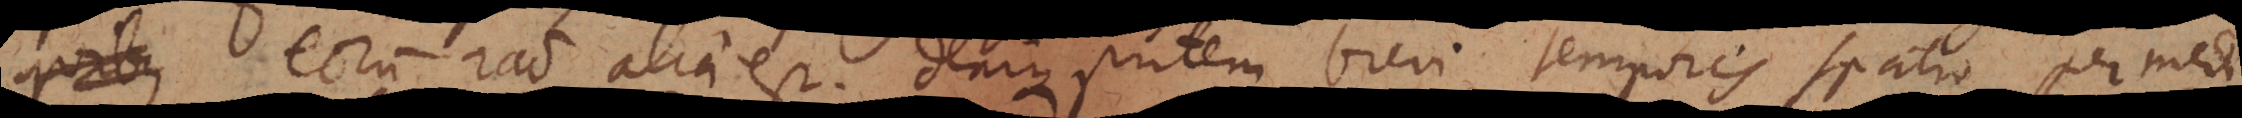
quibus eorum ratio alia est. Denique putem brevi temporis spatio per medi